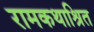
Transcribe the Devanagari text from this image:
रामकथाश्रित